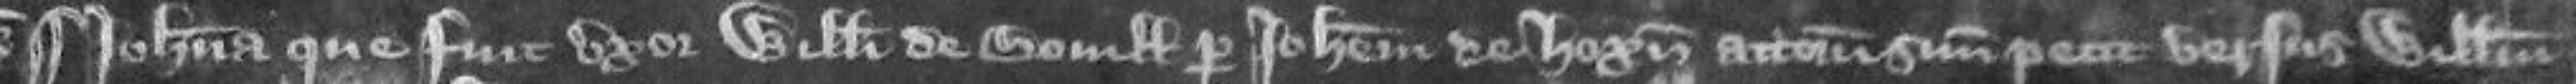
¶Johanna que fuit uxor Willelmi de Boville per Johannem de Hoxun attornatum suum petit versus Willelmum